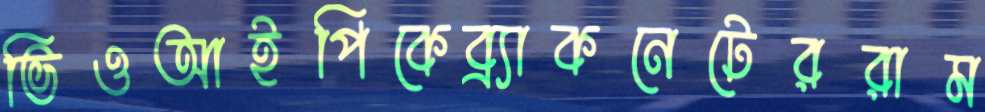
ভিওআইপিকেব্র্যাকনেটেররাম